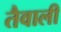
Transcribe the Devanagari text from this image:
तैवाली